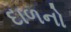
દાળનો